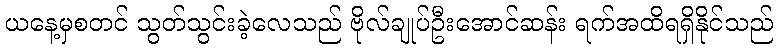
ယနေ့မှစတင် သွတ်သွင်းခဲ့လေသည် ဗိုလ်ချုပ်ဦးအောင်ဆန်း ရက်အထိရရှိနိုင်သည်